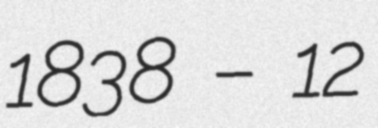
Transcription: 1838 – 12